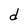
Character: d